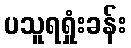
ပသူရရှုံးခန်း